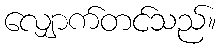
လျှောက်တင်သည်။